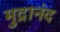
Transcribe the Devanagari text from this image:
मुद्रानंद